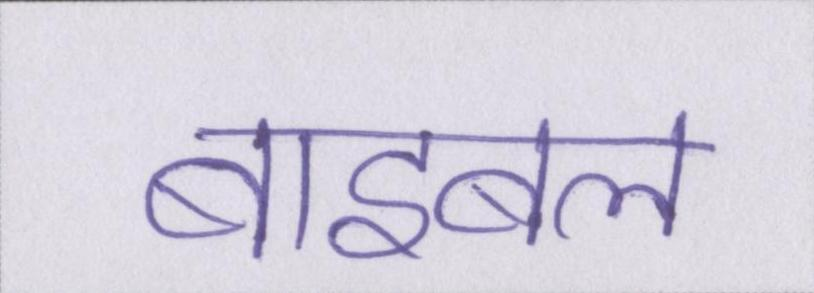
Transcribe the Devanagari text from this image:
बाइबल